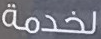
لخدمة